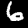
Label: 6